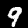
Label: 9